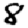
Digit: 8